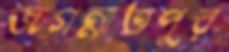
জগন্নাতপুর